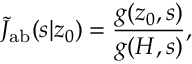
\tilde { J } _ { \mathrm { { a b } } } ( s | z _ { 0 } ) = \frac { g ( z _ { 0 } , s ) } { g ( H , s ) } ,